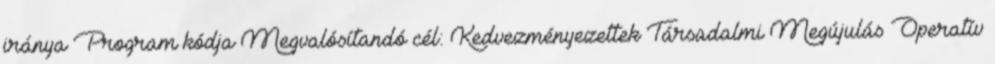
iránya Program kódja Megvalósítandó cél: Kedvezményezettek Társadalmi Megújulás Operatív